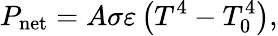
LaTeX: P_{\mathrm{net}}=A\sigma\varepsilon\left(T^{4}-T_{0}^{4}\right),